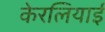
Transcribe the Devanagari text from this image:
केरलियाई